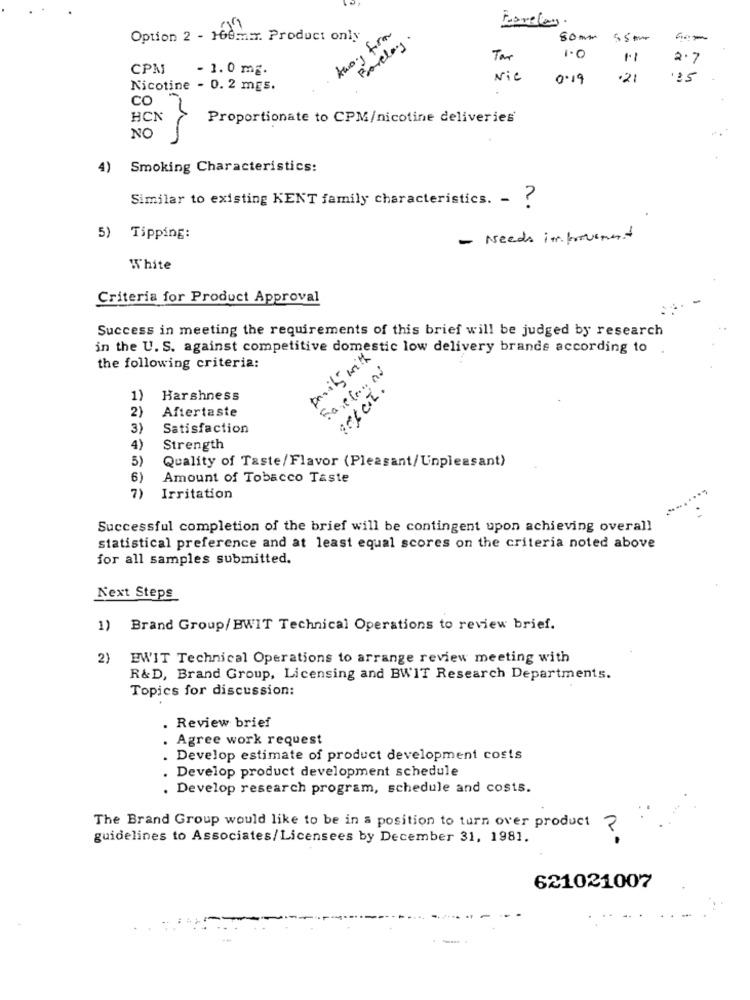
Away form
Forelay.
Option 2 - 160mix. Product only
Barclay
80mm
Tar
1.1
2.7
CPM
- 1.0 mg.
Nie
0.19
.21
.25
Nicotine - 0. 2 mgs.
CO
HCN
Proportionate to CPM/nicotine deliveries
NO
4)
Smoking Characteristics:
Similar to existing KENT family characteristics. - ?
5) Tipping:
- Needs improvement
White
Criteria for Product Approval
Success in meeting the requirements of this brief will be judged by research
in the U. S. against competitive domestic low delivery brands according to
parity with
the following criteria:
Favelas
1)
Harshness
2)
Aftertaste
3)
Satisfaction
4)
Strength
5)
Quality of Taste/Flavor (Pleasant/Unpleasant)
6
Amount of Tobacco Taste
7)
Irritation
Successful completion of the brief will be contingent upon achieving overall
statistical preference and at least equal scores on the criteria noted above
for all samples submitted.
Next Steps
1) Brand Group/ BWIT Technical Operations to review brief.
2)
EWIT Technical Operations to arrange review meeting with
R&D, Brand Group, Licensing and BWIT Research Departments.
Topics for discussion:
. Review brief
Agree work request
Develop estimate of product development costs
Develop product development schedule
. Develop research program, schedule and costs.
The Brand Group would like to be in a position to turn over product ?
guidelines to Associates/Licensees by December 31, 1981.
621021007